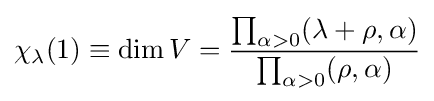
\displaystyle \chi _{\lambda }(1)\equiv {\rm {dim}}\,V={\prod _{\alpha >0}(\lambda +\rho ,\alpha ) \over \prod _{\alpha >0}(\rho ,\alpha )}